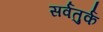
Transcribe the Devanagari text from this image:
सर्वतुर्क